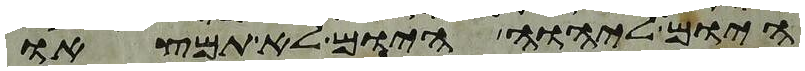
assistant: היום ליהוה היום לא תמצאו